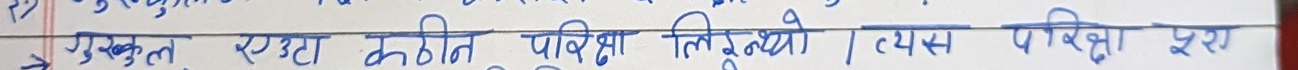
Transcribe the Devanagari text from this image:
एउटा कठिन परीक्षा लिनुथ्यो । त्यस परिक्षा पूरा